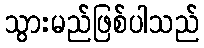
သွားမည်ဖြစ်ပါသည်